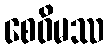
စေဝိမဿ